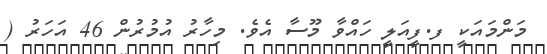
މަންމައަކީ ފ.ފީއަލީ ހައްވާ މޫސާ އެވެ. މިހާރު އުމުރުން 46 އަހަރު (